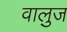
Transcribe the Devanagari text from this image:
वालुज